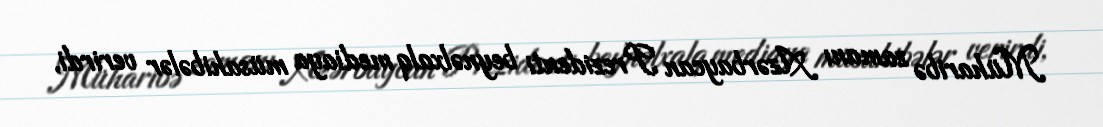
Müharibə zamanı Azərbaycan Prezidenti beynəlxalq mediaya müsahibələr verirdi,